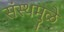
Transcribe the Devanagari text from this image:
संस्थमुळे